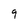
Character: 9